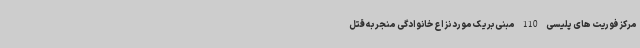
مرکز فوریت های پلیسی 110 مبنی بر یک مورد نزاع خانوادگی منجر به قتل